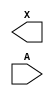
module sky130_fd_sc_hs__dlymetal6s6s (
    X,
    A
);

    output X;
    input  A;

    // Voltage supply signals
    supply1 VPWR;
    supply0 VGND;

endmodule